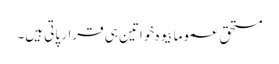
مستحق عموما بیوہ خواتین ہی قرار پاتی ہیں۔